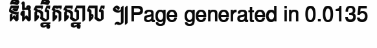
និងស្និតស្នាល ៕Page generated in 0.0135